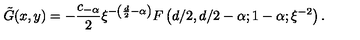
\tilde { G } ( x , y ) = - \frac { c _ { - \alpha } } 2 \xi ^ { - \left( \frac { d } 2 - \alpha \right) } F \left( d / 2 , d / 2 - \alpha ; 1 - \alpha ; \xi ^ { - 2 } \right) .